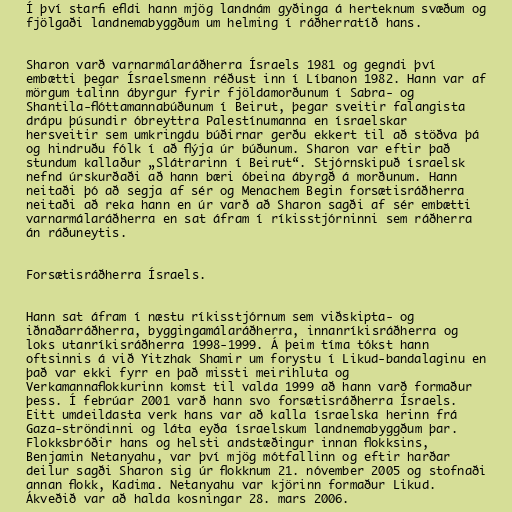
Í því starfi efldi hann mjög landnám gyðinga á herteknum svæðum og
fjölgaði landnemabyggðum um helming í ráðherratíð hans.

Sharon varð varnarmálaráðherra Ísraels 1981 og gegndi því
embætti þegar Ísraelsmenn réðust inn í Líbanon 1982. Hann var af
mörgum talinn ábyrgur fyrir fjöldamorðunum í Sabra- og
Shantila-flóttamannabúðunum í Beirut, þegar sveitir falangista
drápu þúsundir óbreyttra Palestínumanna en ísraelskar
hersveitir sem umkringdu búðirnar gerðu ekkert til að stöðva þá
og hindruðu fólk í að flýja úr búðunum. Sharon var eftir það
stundum kallaður „Slátrarinn í Beirut“. Stjórnskipuð ísraelsk
nefnd úrskurðaði að hann bæri óbeina ábyrgð á morðunum. Hann
neitaði þó að segja af sér og Menachem Begin forsætisráðherra
neitaði að reka hann en úr varð að Sharon sagði af sér embætti
varnarmálaráðherra en sat áfram í ríkisstjórninni sem ráðherra
án ráðuneytis.

Forsætisráðherra Ísraels.

Hann sat áfram í næstu ríkisstjórnum sem viðskipta- og
iðnaðarráðherra, byggingamálaráðherra, innanríkisráðherra og
loks utanríkisráðherra 1998-1999. Á þeim tíma tókst hann
oftsinnis á við Yitzhak Shamir um forystu í Likud-bandalaginu en
það var ekki fyrr en það missti meirihluta og
Verkamannaflokkurinn komst til valda 1999 að hann varð formaður
þess. Í febrúar 2001 varð hann svo forsætisráðherra Ísraels.
Eitt umdeildasta verk hans var að kalla ísraelska herinn frá
Gaza-ströndinni og láta eyða ísraelskum landnemabyggðum þar.
Flokksbróðir hans og helsti andstæðingur innan flokksins,
Benjamin Netanyahu, var því mjög mótfallinn og eftir harðar
deilur sagði Sharon sig úr flokknum 21. nóvember 2005 og stofnaði
annan flokk, Kadima. Netanyahu var kjörinn formaður Likud.
Ákveðið var að halda kosningar 28. mars 2006.